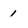
Character: 1